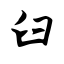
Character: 臼